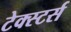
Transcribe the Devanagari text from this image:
टेक्स्टर्स